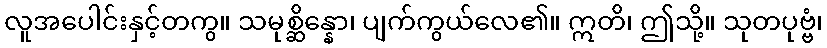
လူအပေါင်းနှင့်တကွ။ သမုစ္ဆိန္နော၊ ပျက်ကွယ်လေ၏။ ဣတိ၊ ဤသို့။ သုတပုဗ္ဗံ၊